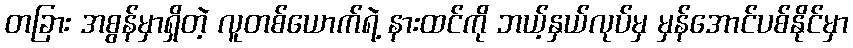
တခြား အစွန်မှာရှိတဲ့ လူတစ်ယောက်ရဲ့ နားထင်ကို ဘယ့်နှယ်လုပ်မှ မှန်အောင်ပစ်နိုင်မှာ